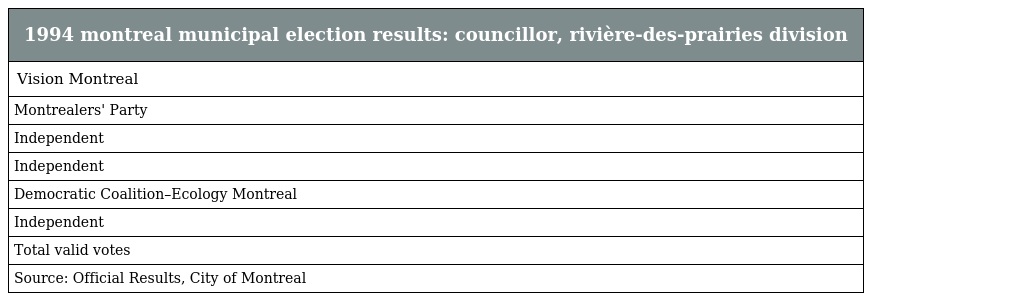
| 1994 montreal municipal election results: councillor, rivière-des-prairies division |
 | --- |
 | Vision Montreal |
 | Montrealers' Party |
 | Independent |
 | Independent |
 | Democratic Coalition–Ecology Montreal |
 | Independent |
 | Total valid votes |
 | Source: Official Results, City of Montreal |